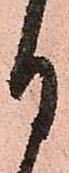
月